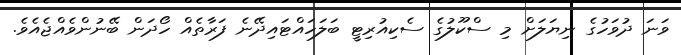
ވަނަ ދުވަހުގެ ނިޔަލަށް މި ސްކޫލުގެ ސެކިއުރިޓީ ބަލަހައްޓައިދޭނެ ފަރާތެއް ހޯދަން ބޭނުންވެއްޖެއެވެ.